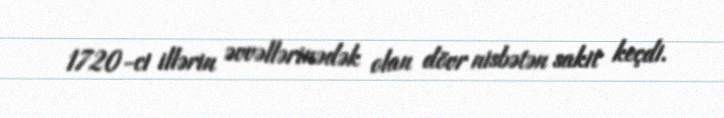
1720-ci illərin əvvəllərinədək olan dövr nisbətən sakit keçdi.